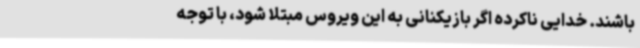
باشند. خدایی ناکرده اگر بازیکنانی به این ویروس مبتلا شود، با توجه